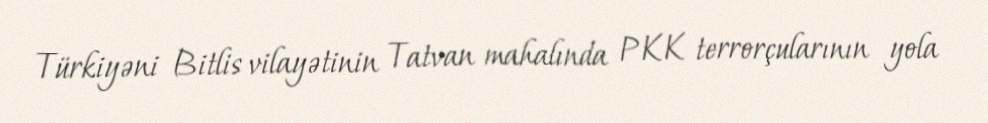
Türkiyəni Bitlis vilayətinin Tatvan mahalında PKK terrorçularının yola